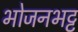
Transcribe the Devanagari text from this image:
भोजनभट्ट